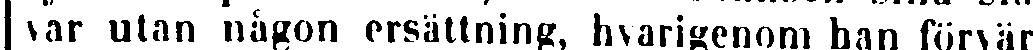
var utan någon ersättning, hvarigenom han förvär